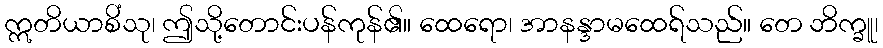
ဣတိယာစိံသု၊ ဤသို့တောင်းပန်ကုန်၏။ ထေရော၊ အာနန္ဒာမထေရ်သည်။ တေ ဘိက္ခူ၊